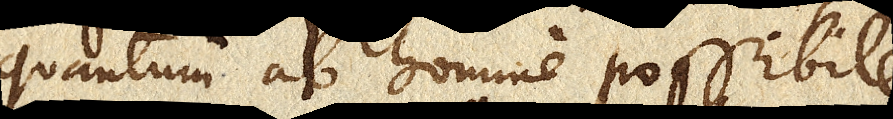
quantum ab homine possibile